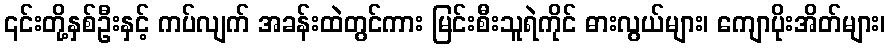
၎င်းတို့နှစ်ဦးနှင့် ကပ်လျက် အခန်းထဲတွင်ကား မြင်းစီးသူရဲကိုင် ဓားလွယ်များ၊ ကျောပိုးအိတ်များ၊